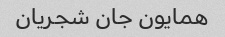
همایون جان شجریان